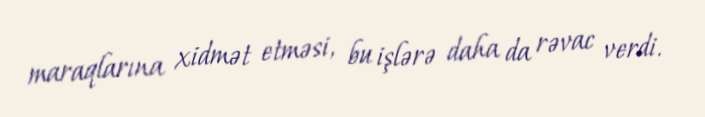
maraqlarına xidmət etməsi, bu işlərə daha da rəvac verdi.